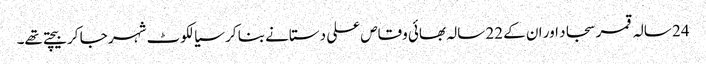
24 سالہ قمر سجاد اور ان کے 22 سالہ بھائی وقاص علی دستانے بنا کر سیالکوٹ شہر جا کر بیچتے تھے۔